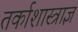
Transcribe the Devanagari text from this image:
तर्काशास्त्राज्ञ